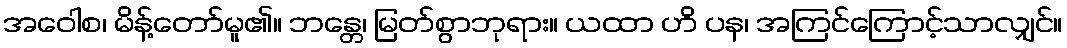
အဝေါစ၊ မိန့်တော်မူ၏။ ဘန္တေ၊ မြတ်စွာဘုရား။ ယထာ ဟိ ပန၊ အကြင်ကြောင့်သာလျှင်။